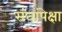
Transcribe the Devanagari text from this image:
संघांपेक्षा